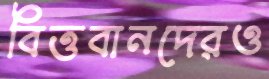
বিত্তবানদেরও